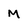
Character: M